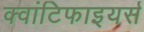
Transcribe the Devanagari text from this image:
क्वांटिफाइयर्स